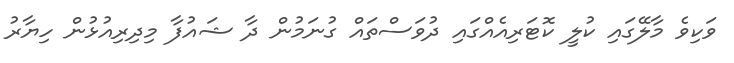
ވަކިވެ މާލޭގައި ކުލީ ކޮޓަރިއެއްގައި ދުވަސްތައް ގުނަމުން ދާ ޝައުފާ މިދިރިއުޅުން ހިޔާރު